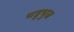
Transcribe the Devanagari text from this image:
चत्रुभुज